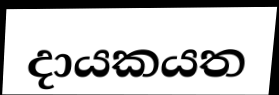
දායකයත